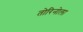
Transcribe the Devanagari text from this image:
तोरिनोला